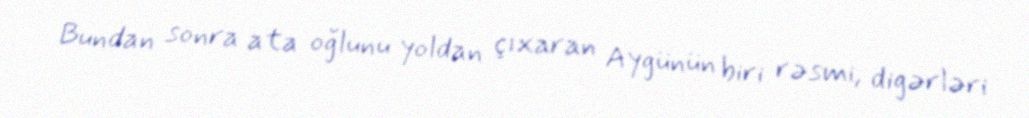
Bundan sonra ata oğlunu yoldan çıxaran Aygünün biri rəsmi, digərləri